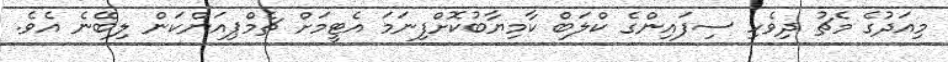
މިއަދުގެ މެޗު ދިވެހި ސިފައިންގެ ކްލަބް ކާމިޔާބުކޮށްފިނަމަ އެޓީމަށް ޗެމްޕިއަންކަން ލިބޭނެ އެވެ.